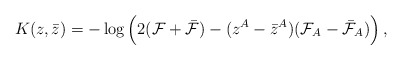
\begin{align*}K(z,\bar z) = -\log\Big(2({\cal F}+ \bar{\cal F})- (z^A-\bar z^A)({\cal F}_A-\bar{\cal F}_A)\Big)\,,\end{align*}